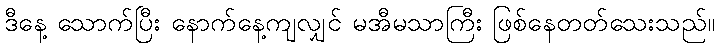
ဒီနေ့ သောက်ပြီး နောက်နေ့ကျလျှင် မအီမသာကြီး ဖြစ်နေတတ်သေးသည်။